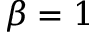
\beta = 1